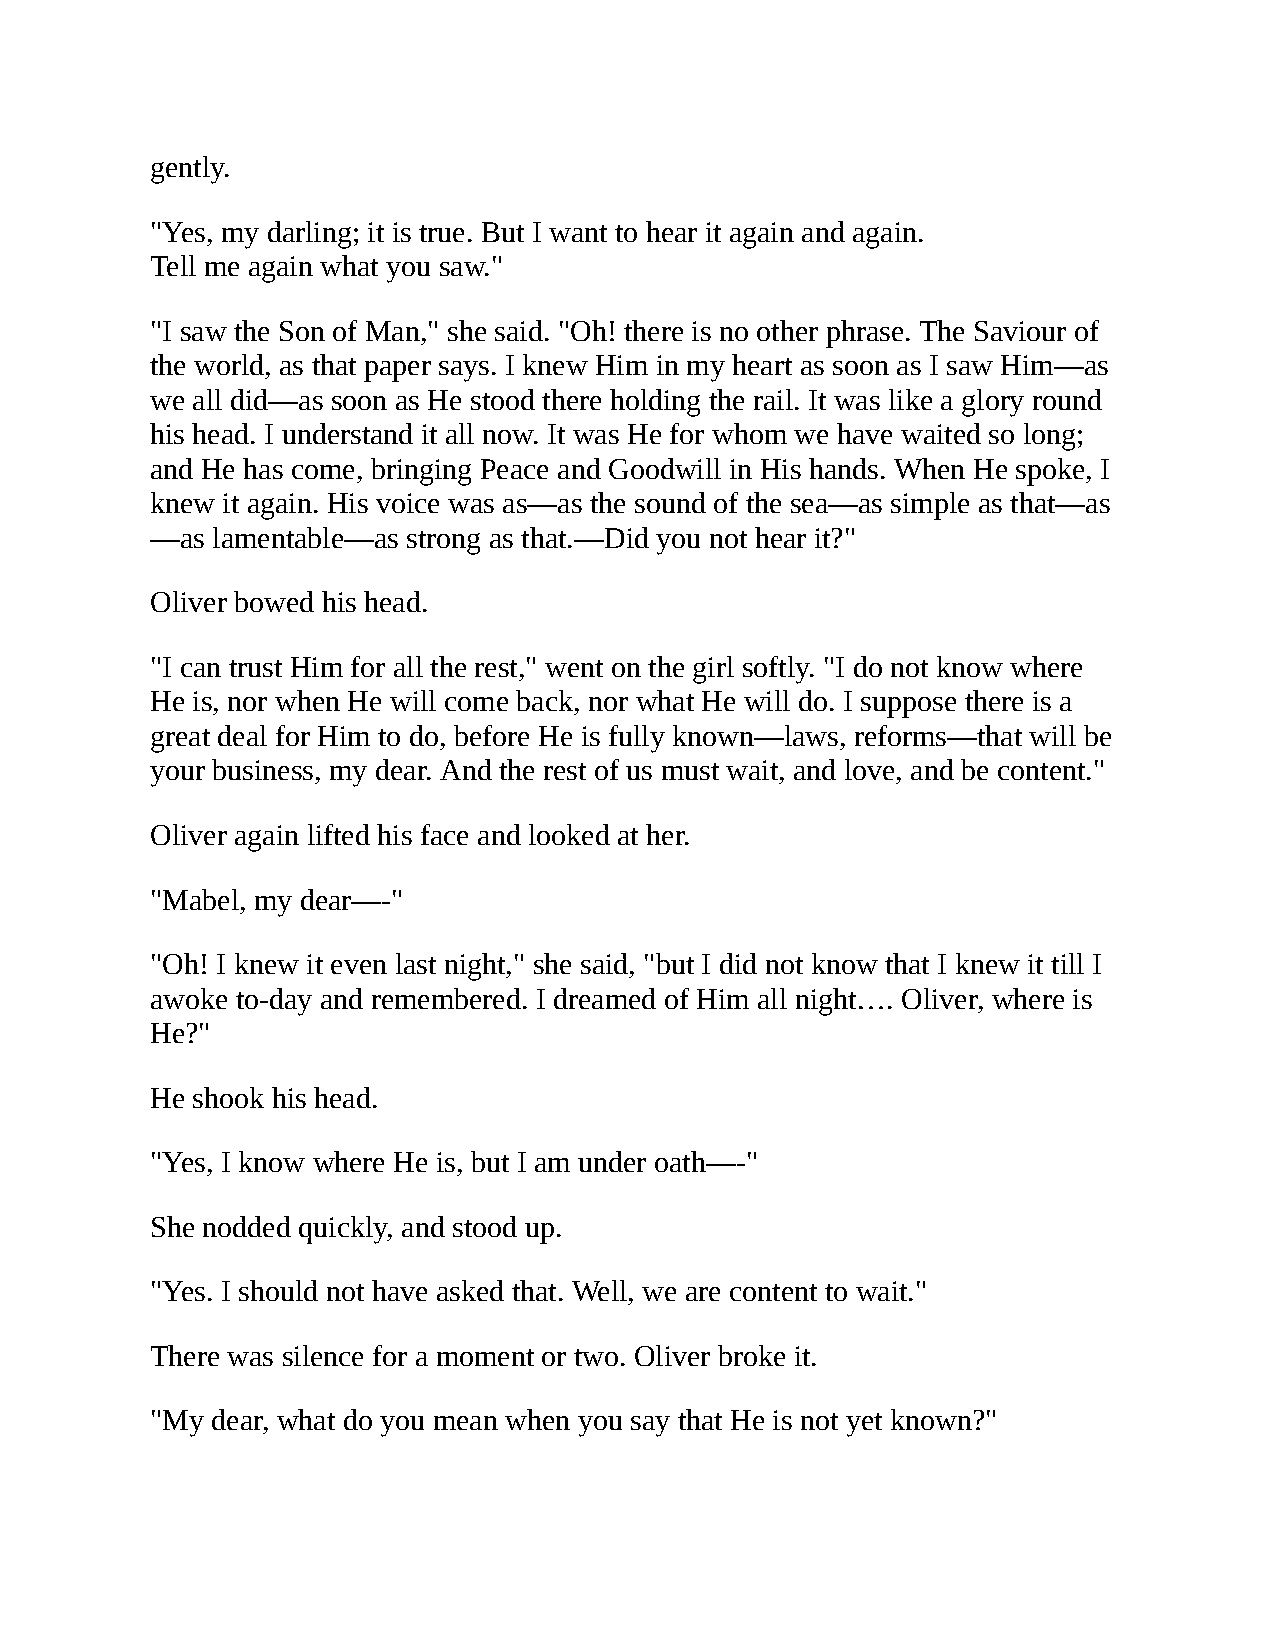
gently.
 "Yes, my darling; it is true. But I want to hear it again and again.
 Tell me again what you saw."
 "I saw the Son of Man," she said. "Oh! there is no other phrase. The Saviour of
 the world, as that paper says. I knew Him in my heart as soon as I saw Him—as
 we all did—as soon as He stood there holding the rail. It was like a glory round
 his head. I understand it all now. It was He for whom we have waited so long;
 and He has come, bringing Peace and Goodwill in His hands. When He spoke, I
 knew it again. His voice was as—as the sound of the sea—as simple as that—as
 —as lamentable—as strong as that.—Did you not hear it?"
 Oliver bowed his head.
 "I can trust Him for all the rest," went on the girl softly. "I do not know where
 He is, nor when He will come back, nor what He will do. I suppose there is a
 great deal for Him to do, before He is fully known—laws, reforms—that will be
 your business, my dear. And the rest of us must wait, and love, and be content."
 Oliver again lifted his face and looked at her.
 "Mabel, my dear—-"
 "Oh! I knew it even last night," she said, "but I did not know that I knew it till I
 awoke to-day and remembered. I dreamed of Him all night…. Oliver, where is
 He?"
 He shook his head.
 "Yes, I know where He is, but I am under oath—-"
 She nodded quickly, and stood up.
 "Yes. I should not have asked that. Well, we are content to wait."
 There was silence for a moment or two. Oliver broke it.
 "My dear, what do you mean when you say that He is not yet known?"